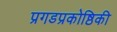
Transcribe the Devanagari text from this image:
प्रगडप्रकोष्ठिकी